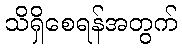
သိရှိစေရန်အတွက်